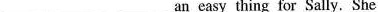
___ ___ ___ an easy thing for Sally. She